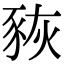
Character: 𧱉